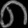
Digit: ၈